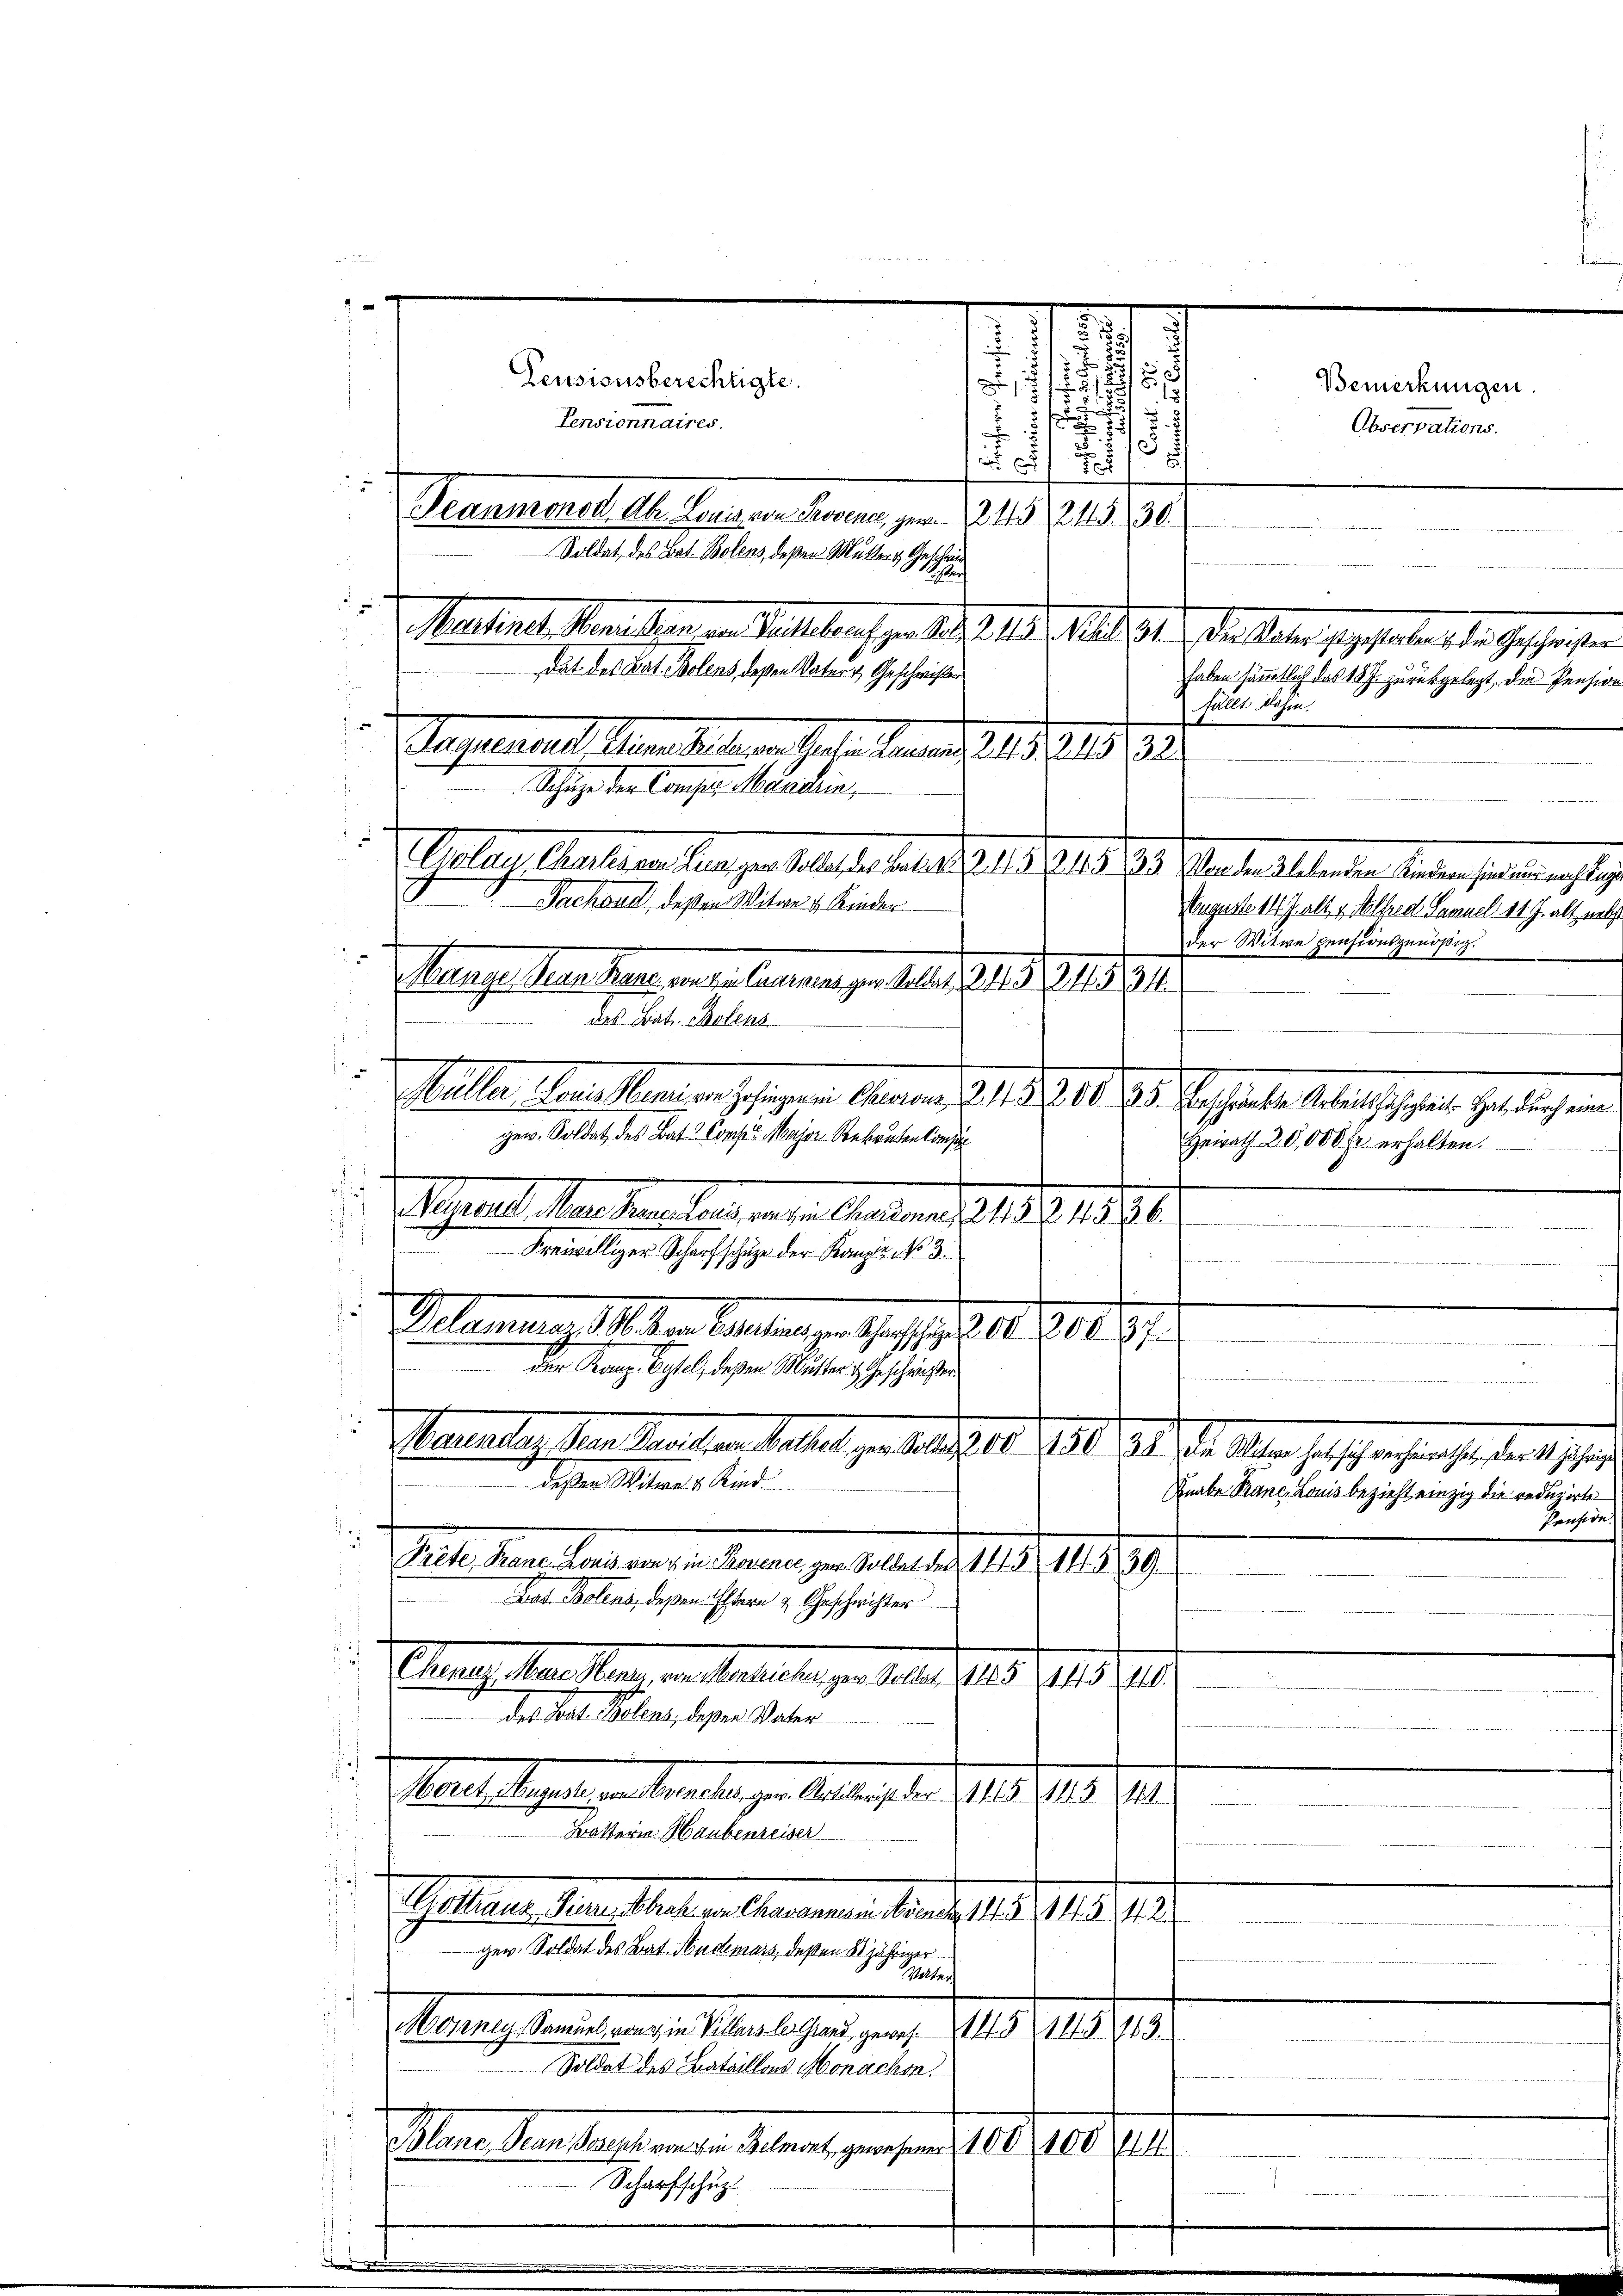
Pensionsberechtigte.
Pensionnaires.
Teaumonod Ah. Bonis an Provene, zum 24. 245. 30.
Soldat des Bat. Bolens, deßen Mutters Geschri

haben sämmtlich das 15 J. zurückgelegt, die Pension
fällt dahin.
Unter Muttern angen Belasse berat J. 18. 219. 24. Mandant lebenden denen haltung in
August 14 J. alt, v. Nelfred Samuel 14 J. alt nat
der Witwe pensionsgenößig.
Wenige Gener kann an Cammen, z. B. d. 158. 212. 91.
des Bat. Bolens.
 Steller Mariellen an schigen Manuar 1818. 11. des Sechselte Ausschehen geltlichen
.
Heirath 20,000 Fr. erhalten.
Mahl der Kantone angen einen Ende 1880
f
Freiwilliger Scharfschufe der Kanze No. 3.
Velemenge M. der Ankungen Ges. . . 10. 200 z

Der Kranz Basel, dessen Mutter Eheschriften

Freiheit aus der de
Vennlich hier Meilen Stellt zu bericht d. 191. 11. d. Ms. heischenrathe der hie
 deßen Witwe 4 Kind
Knabe Branc, Louis bezieht einzig die reduzirte
Pension.
Jul. Mailandern in Frauen zu haben d. 159, 1889
Rat Bolens, deßen Eltern 4. Geschrichter
 Ehegatten Stern in Anstalten zu einer 1905. 1910.
140.
des Sal. Helenz, dasser Vater

.
1
Schige der Conses Marchia,
n
Tachaud, deßen Witwe d. Kinder

s

 Machines Meisten in Sattlangen der leich, seitiget, die aber gegestalten die Geschingen
Das des Lat. Bolens, deßen Vater & Geschrichten
Gemeines Augen Seiten halten er als 15. 219. Ju

gew. Soldat des Bat. Conser Major Rekruten kons

3

amseligenen Verlangen Meinung der 1815. 1918. II.
Battern. Haubenreiser
. Gallenen Gener Meilen Gesammenen ein des 18. 1419. 191
ger. Soldat des Bad Nudemars, deßen 20 jähriger
Malters
d
Meeressens angen Male her, pag. 11. 1910.
Soldat des Bataillons Monachen.
i
Plane Bean Joseph von die Belmont, gewesene 100 100

1
1
d
.

7

Bemerkungen.
Observations.